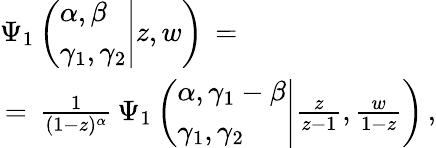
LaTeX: \begin{array}{l}{\displaystyle\Psi_{1}\left(\left.\begin{array}{l}{\alpha,\beta}\\ {\gamma_{1},\gamma_{2}}\end{array}\right|z,w\right)\, =\, }\\ {\, =\, \frac 1{(1-z)^{\alpha}}\, \Psi_{1}\left(\left.\begin{array}{l}{\alpha,\gamma_{1}-\beta}\\ {\gamma_{1},\gamma_{2}}\end{array}\right|\frac z{z-1},\frac w{1-z}\right)\, ,}\end{array}